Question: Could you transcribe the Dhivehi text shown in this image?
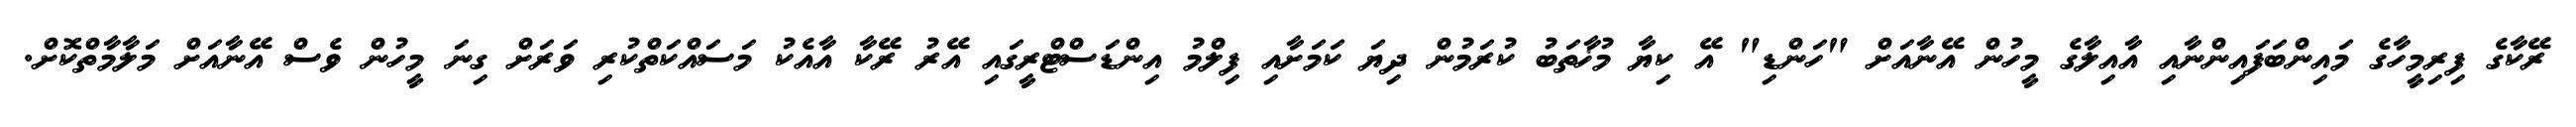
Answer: ރޭކާގެ ފިރިމީހާގެ މައިންބަފައިންނާއި އާއިލާގެ މީހުން އޭނާއަށް "ހަންޑި" އޭ ކިޔާ މުޚާތަބު ކުރަމުން ދިޔަ ކަމަށާއި ފިލްމު އިންޑަސްޓްރީގައި އޭރު ރޭކާ އާއެކު މަސައްކަތްކުރި ވަރަށް ގިނަ މީހުން ވެސް އޭނާއަށް މަލާމާތްކޮށް.